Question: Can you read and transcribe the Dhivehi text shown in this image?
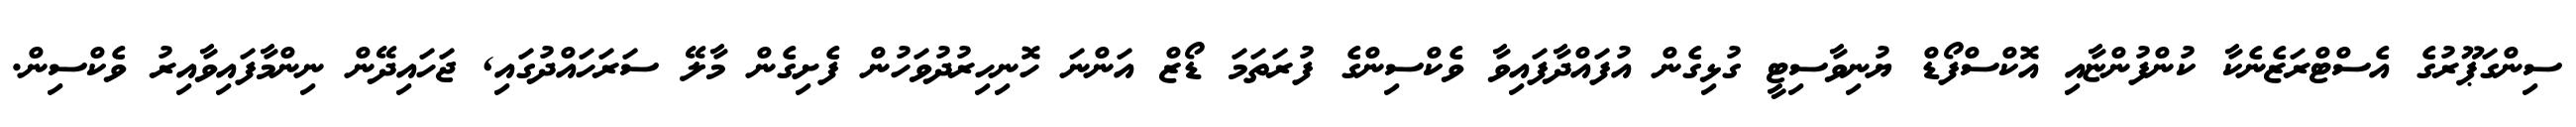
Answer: ސިންގަޕޫރުގެ އެސްޓްރަޒެނެކާ ކުންފުންޏާއި އޮކްސްފޯޑް ޔުނިވާސިޓީ ގުޅިގެން އުފައްދާފައިވާ ވެކްސިންގެ ފުރަތަމަ ޑޯޒް އަންނަ ހޮނިހިރުދުވަހުން ފެށިގެން މާލޭ ސަރަހައްދުގައި, ޖަހައިދޭން ނިންމާފައިވާއިރު ވެކްސިން.